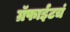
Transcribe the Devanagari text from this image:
ग्रॅफाईटचं